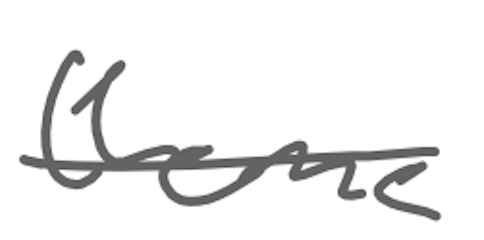
Text: theme
Cross-out: single-line
Writing tool: digital_gray